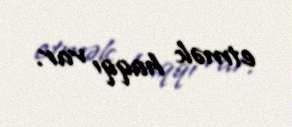
etmək haqqı var.